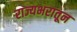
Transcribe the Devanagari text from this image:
राज्यभरातून